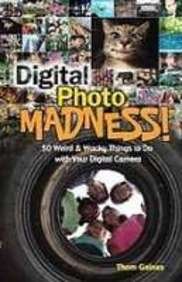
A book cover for Digital Photo Madness: 50 Weird & Wacky Things to Do With Your Digital Camera; Thom Gaines; Children's Books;